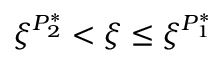
\xi ^ { P _ { 2 } ^ { * } } < \xi \leq \xi ^ { P _ { 1 } ^ { * } }